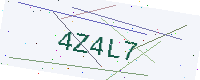
Text: 4Z4L7